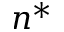
n ^ { * }